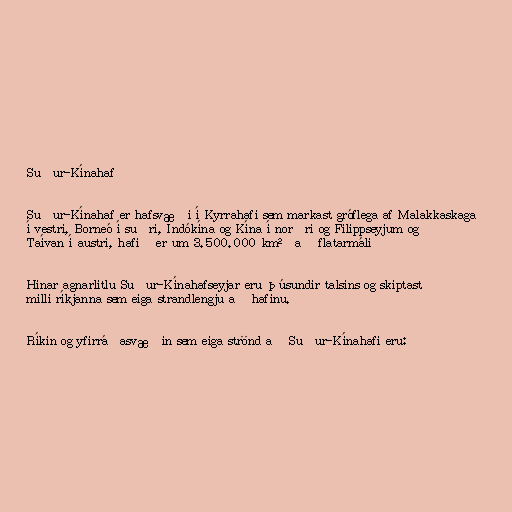
Suður-Kínahaf

Suður-Kínahaf er hafsvæði í Kyrrahafi sem markast gróflega af Malakkaskaga
í vestri, Borneó í suðri, Indókína og Kína í norðri og Filippseyjum og
Taívan í austri, hafið er um 3.500.000 km² að flatarmáli

Hinar agnarlitlu Suður-Kínahafseyjar eru þúsundir talsins og skiptast
milli ríkjanna sem eiga strandlengju að hafinu.

Ríkin og yfirráðasvæðin sem eiga strönd að Suður-Kínahafi eru: